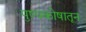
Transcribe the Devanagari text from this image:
पुष्पकोषातून